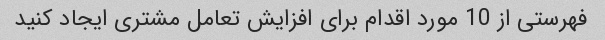
فهرستی از 10 مورد اقدام برای افزایش تعامل مشتری ایجاد کنید